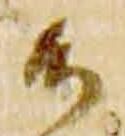
候